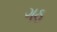
ગઠ